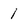
Character: 1